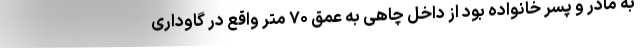
به مادر و پسر خانواده بود از داخل چاهی به عمق ۷۰ متر واقع در گاوداری